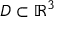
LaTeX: D \subset \mathbb { R } ^ { 3 }